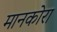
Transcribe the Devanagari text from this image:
मानकोरा